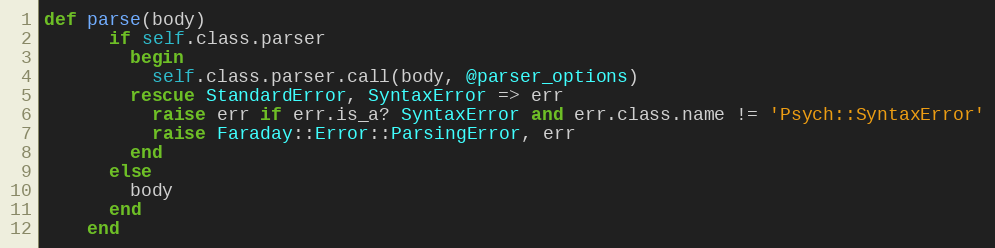
Language: Ruby
def parse(body)
      if self.class.parser
        begin
          self.class.parser.call(body, @parser_options)
        rescue StandardError, SyntaxError => err
          raise err if err.is_a? SyntaxError and err.class.name != 'Psych::SyntaxError'
          raise Faraday::Error::ParsingError, err
        end
      else
        body
      end
    end